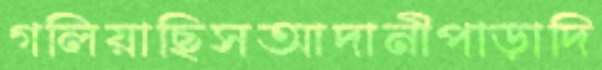
গলিয়াছিসআদানীপাড়াদি